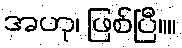
အဟု၊ ဖြစ်ပြီ။။